Lunatic asylums Central Provinces reports 1874-1885 - 1874-1885
Year: 1874
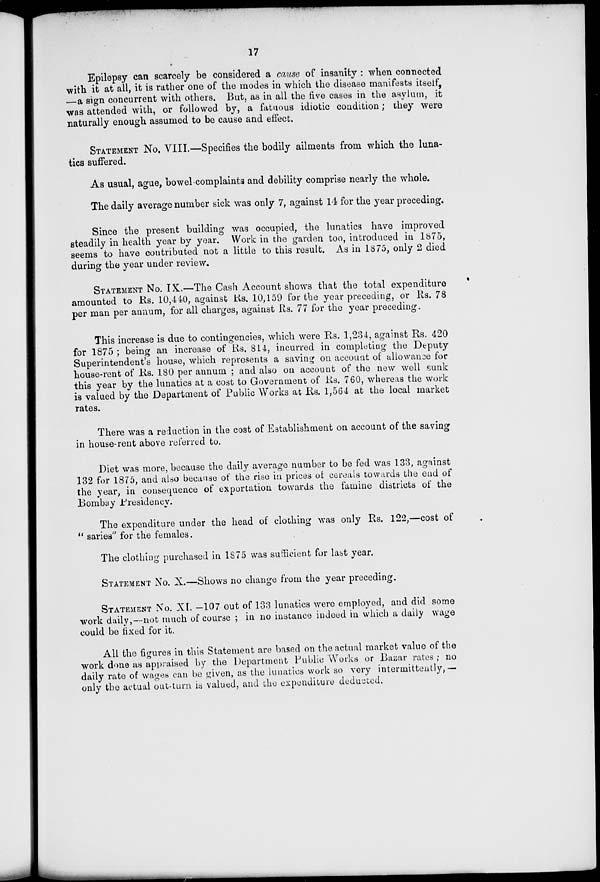
17
Epilepsy can scarcely be considered a cause of insanity : when connected
with it at all, it is rather one of the modes in which the disease manifests itself,
—a sign concurrent with others. But, as in all the five cases in the asylum, it
was attended with, or followed by, a fatuous idiotic condition ; they were
naturally enough assumed to be cause and effect.
STATEMENT No. VIII.—Specifies the bodily ailments from which the luna-
tics suffered.
As usual, ague, bowel complaints and debility comprise nearly the whole.
The daily average number sick was only 7, against 14 for the year preceding.
Since the present building was occupied, the lunatics have improved
steadily in health year by year. Work in the garden too, introduced in 1875,
seems to have contributed not a little to this result. As in 1875, only 2 died
during the year under review.
STATEMENT No. IX.—The Cash Account shows that the total expenditure
amounted to Rs. 10,440, against Rs. 10,159 for the year preceding, or Rs. 78
per man per annum, for all charges, against Rs. 77 for the year preceding.
This increase is due to contingencies, which were Rs. 1,234, against Rs. 420
for 1875 ; being an increase of Rs. 814, incurred in completing the Deputy
Superintendent's house, which represents a saving on account of allowance for
house-rent of Rs. 180 per annum ; and also on account of the new well sunk
this year by the lunatics at a cost to Government of Rs. 760, whereas the work
is valued by the Department of Public Works at Rs. 1,564 at the local market
rates.
There was a reduction in the cost of Establishment on account of the saving
in house-rent above referred to.
Diet was more, because the daily average number to be fed was 133, against
132 for 1875, and also because of the rise in prices of cereals towards the end of
the year, in consequence of exportation towards the famine districts of the
Bombay Presidency.
The expenditure under the head of clothing was only Rs. 122,—cost of
" saries" for the females.
The clothing purchased in 1875 was sufficient for last year.
STATEMENT No. X.—Shows no change from the year preceding.
STATEMENT No. XI. —107 out of 133 lunatics were employed, and did some
work daily,—not much of course ; in no instance indeed in which a daily wage
could be fixed for it.
All the figures in this Statement are based on the actual market value of the
work done as appraised by the Department Public Works or Bazar rates ; no
daily rate of wages can be given, as the lunatics work so very intermittently,—
only the actual out-turn is valued, and the expenditure deducted.